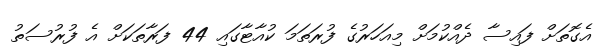
އެގޮތަށް ފައިސާ ދެއްކުމަށް މިއަހަރުގެ ފުރަތަމަ ކުއާޓާގައި 44 ފަރާތަކަށް އެ ފުރުސަތު